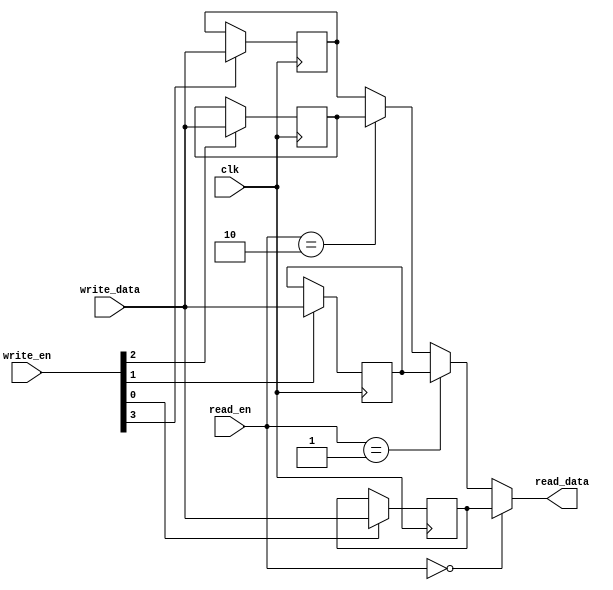
module register_file (
    input wire clk,
    input wire [3:0] write_en,
    input wire [1:0] read_en,
    input wire [4:0] write_data,
    output wire [4:0] read_data
);

reg [4:0] registers [3:0];

always @(posedge clk) begin
    if(write_en[0])
        registers[0] <= write_data;
    if(write_en[1])
        registers[1] <= write_data;
    if(write_en[2])
        registers[2] <= write_data;
    if(write_en[3])
        registers[3] <= write_data;
end

assign read_data = (read_en==2'b00) ? registers[0] :
                   (read_en==2'b01) ? registers[1] :
                   (read_en==2'b10) ? registers[2] :
                                      registers[3];

endmodule